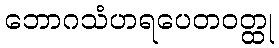
ဘောဂသံဟရပေတဝတ္ထု